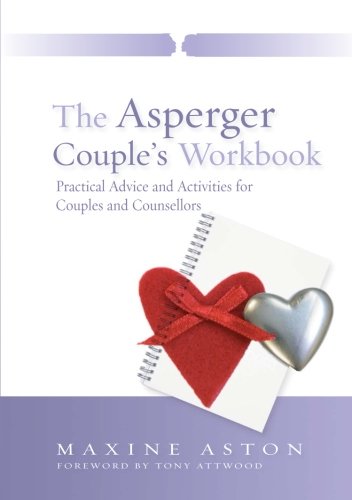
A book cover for The Asperger Couple's Workbook: Practical Advice and Activities for Couples and Counsellors; Maxine Aston; Health, Fitness & Dieting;